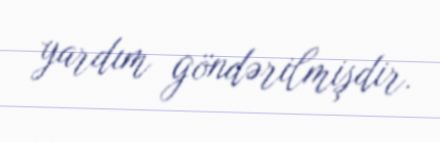
yardım göndərilmişdir.